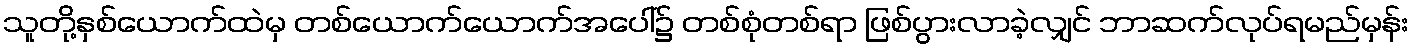
သူတို့နှစ်ယောက်ထဲမှ တစ်ယောက်ယောက်အပေါ်၌ တစ်စုံတစ်ရာ ဖြစ်ပွားလာခဲ့လျှင် ဘာဆက်လုပ်ရမည်မှန်း